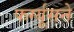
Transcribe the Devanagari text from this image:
फर्ग्यूसने